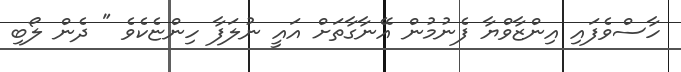
ހާސްވެފައި އިންޒާވްޔާ ފެނުމުން އޭނާގާތަށް އައީ ނުލަފާ ހިންޏެކެވެ " ދެން ލޯބި